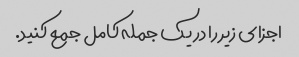
اجزای زیر را در یک جمله کامل جمع کنید.